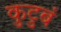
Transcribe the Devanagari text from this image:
कुटुबं